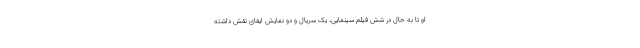
او تا به حال در شش فیلم سینمایی، یک سریال و دو نمایش ایفای نقش داشته